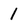
Character: 1